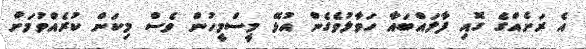
އެ ރަށެއްގެ ގޮއި ފާލައްބައާ ހަވާލުވެގެން އުޅޭ މީސްމީހުން ވެސް މިކަން ކުރެއްވުމަށް